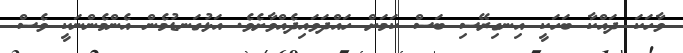
ވާހަކަ ދައްކާ ބަހަކީ އިނގިރޭސި ބަސް ކަމަށް ހައްދަވައިދެއްވާށެވެ. އަޅުގަނޑުމެން އެންމެންނަކީ ވެސް